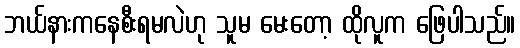
ဘယ်နားကနေစီးရမလဲဟု သူမ မေးတော့ ထိုလူက ဖြေပါသည်။